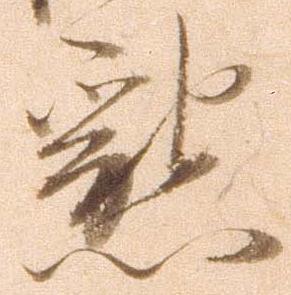
懇